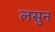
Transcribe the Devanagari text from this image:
लसुन